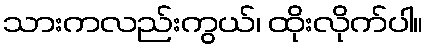
သားကလည်းကွယ်၊ ထိုးလိုက်ပါ။